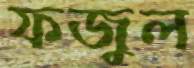
ফজুল